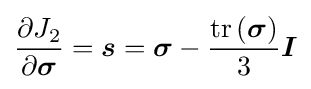
{\frac {\partial J_{2}}{\partial {\boldsymbol {\sigma }}}}={\boldsymbol {s}}={\boldsymbol {\sigma }}-{\frac {\mathrm {tr} \left({\boldsymbol {\sigma }}\right)}{3}}{\boldsymbol {I}}